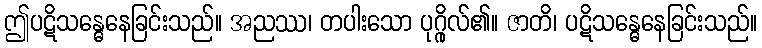
ဤပဋိသန္ဓေနေခြင်းသည်။ အညဿ၊ တပါးသော ပုဂ္ဂိုလ်၏။ ဇာတိ၊ ပဋိသန္ဓေနေခြင်းသည်။